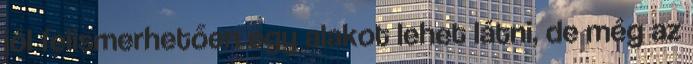
jól felismerhetően egy alakot lehet látni, de még az